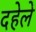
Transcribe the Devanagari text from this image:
दहेले